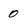
Character: 0